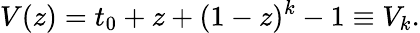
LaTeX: V(z)=t_{0}+z+(1-z)^{k}-1\equiv V_{k}.